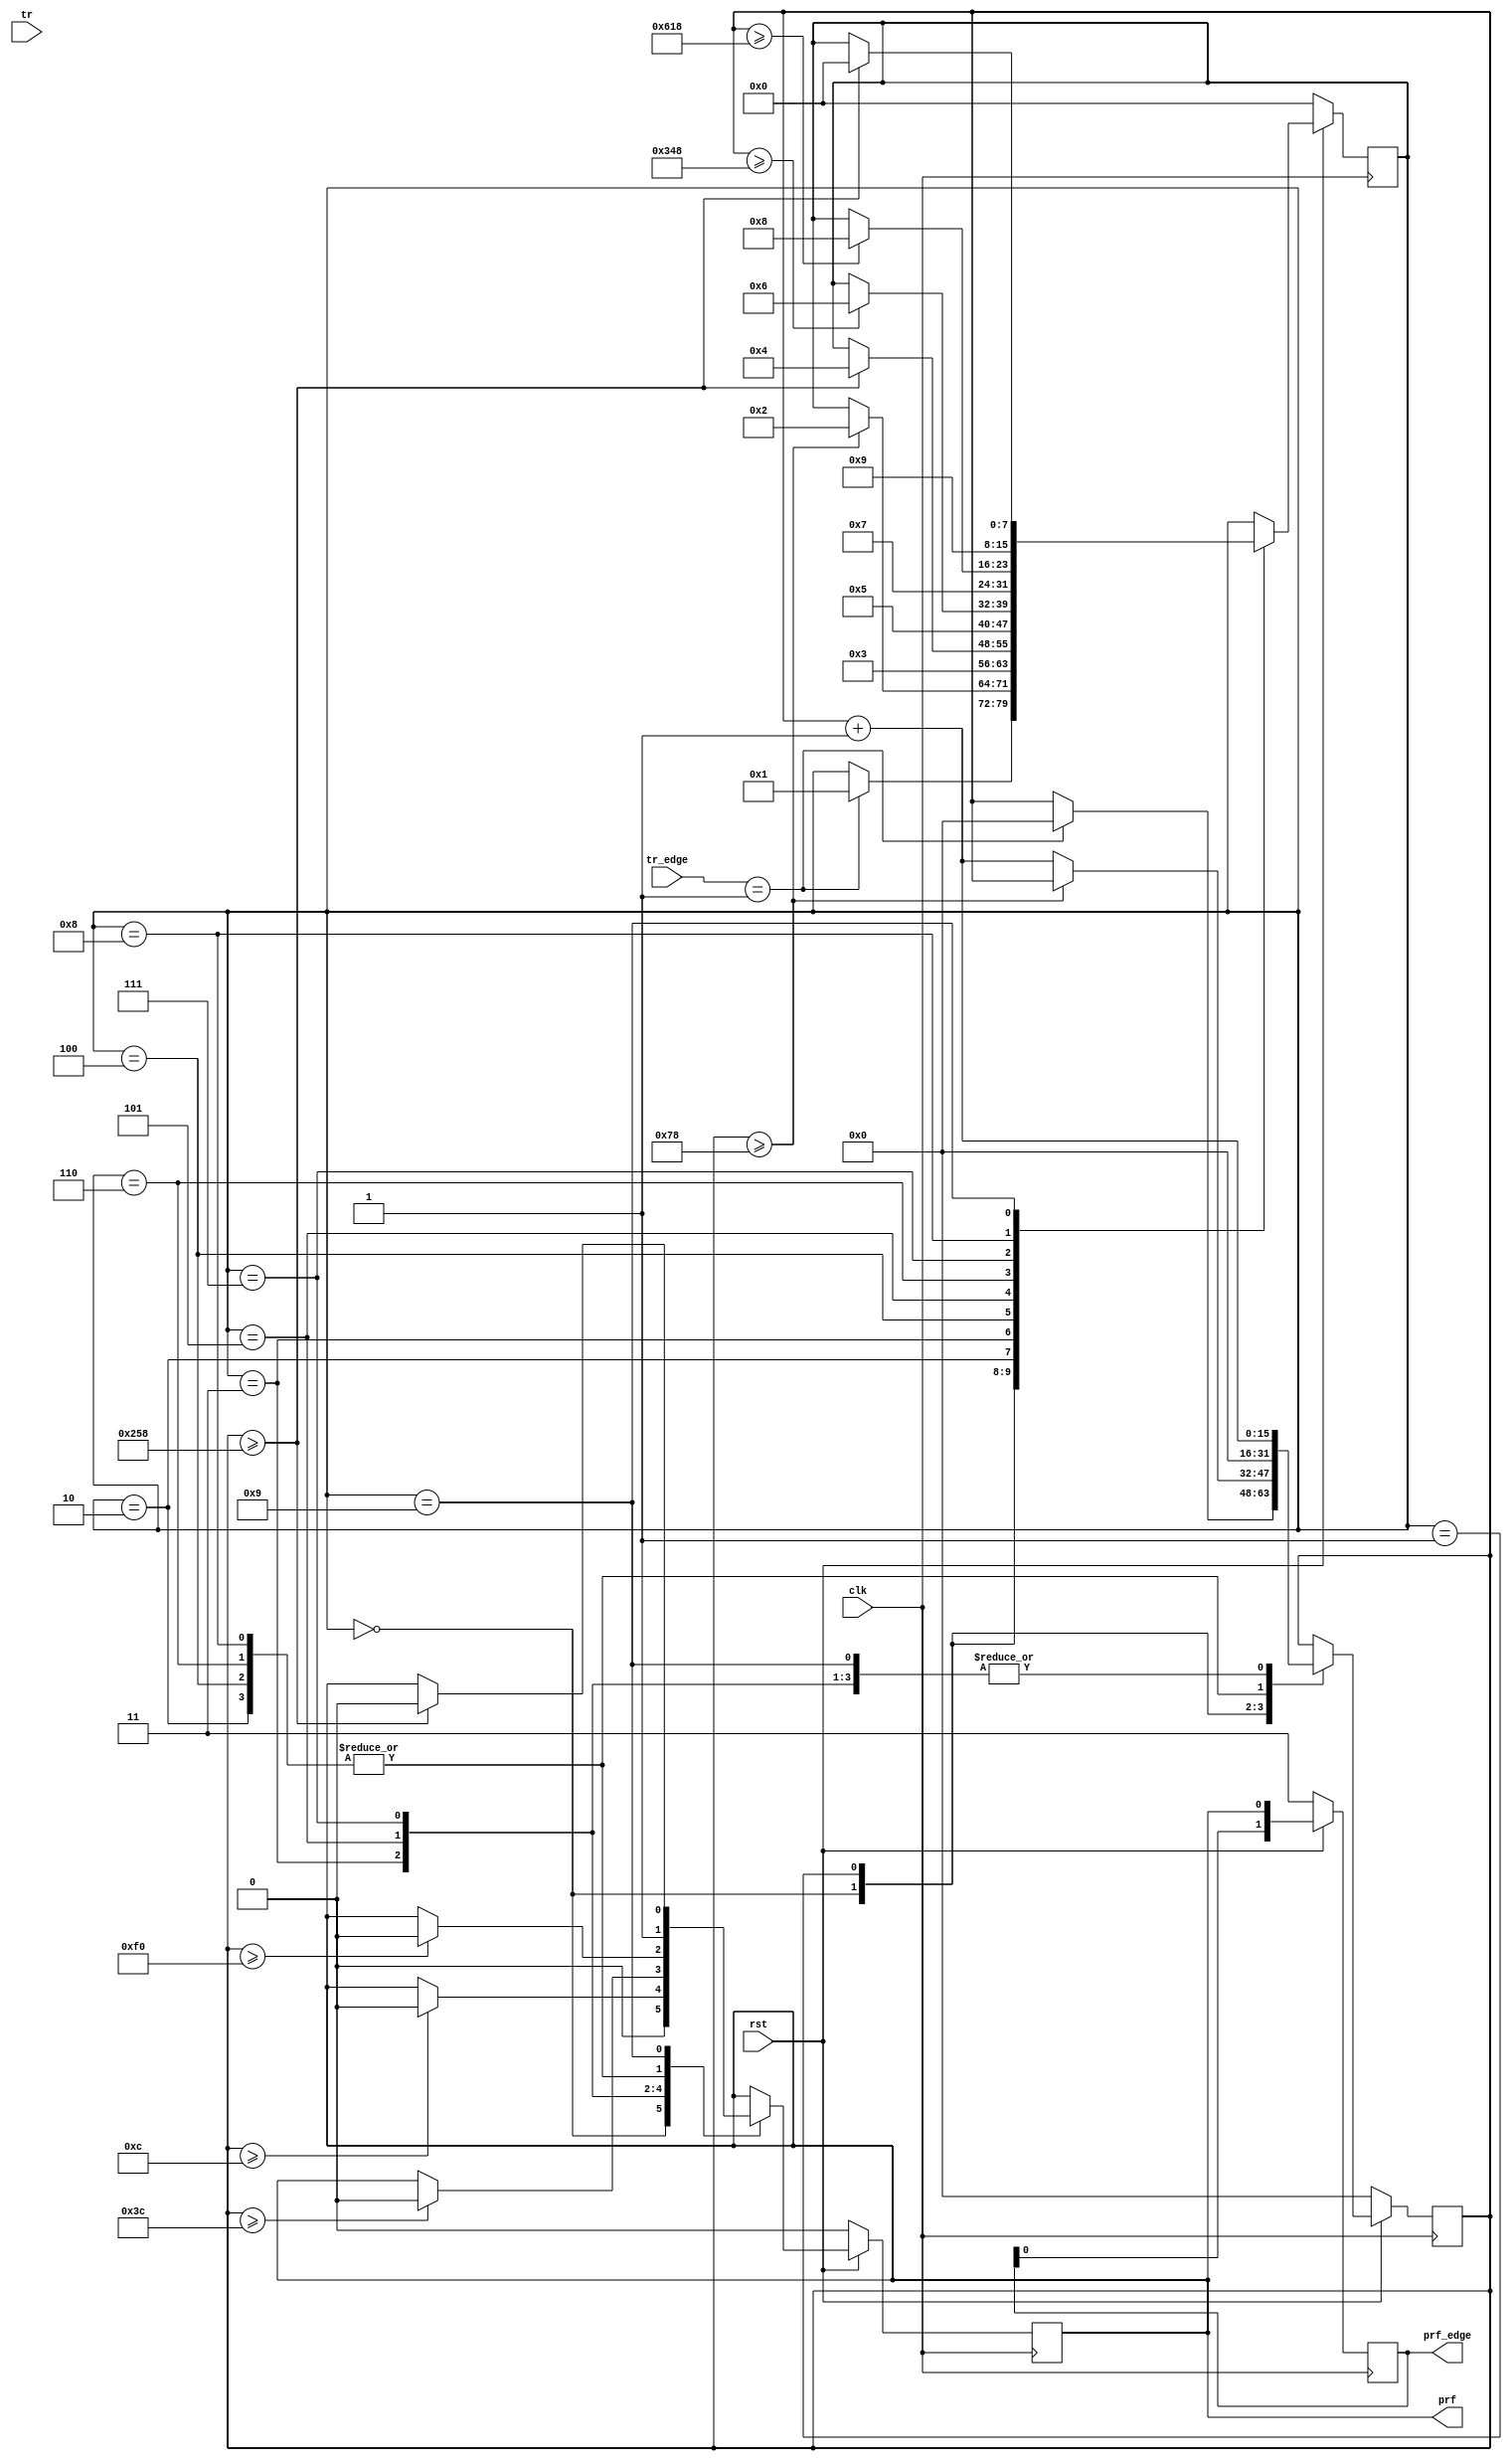
`timescale 1ns / 1ps
//////////////////////////////////////////////////////////////////////////////////
// Company: 
// Engineer: 
// 
// Design Name: 
// Module Name:    workflow 
// Project Name: 
// Target Devices: 
// Tool versions: 
// Description: 
//
// Dependencies: 
//
// Revision: 
// Revision 0.01 - File Created
// Additional Comments: 
//
//////////////////////////////////////////////////////////////////////////////////
module prf_gen
#(
    parameter RF_DELAY_CLOCK_NUM = 120,
    parameter PRF_PHASE_DELAY_0_CLOCK_NUM = 600,
    parameter PRF_PHASE_DELAY_1_CLOCK_NUM = 840,
    parameter PRF_PHASE_DELAY_2_CLOCK_NUM = 1560,
    parameter PRF_PHASE_0_CLOCK_NUM = 12,
    parameter PRF_PHASE_1_CLOCK_NUM = 60,
    parameter PRF_PHASE_2_CLOCK_NUM = 240,
    parameter PRF_PHASE_3_CLOCK_NUM = 600
)
(
    input clk,
    input rst,

    input tr,
    input [1:0] tr_edge,

    output reg prf,
    output reg [1:0] prf_edge
);

    reg [7:0] fsm_state = 8'd0;
    reg [15:0] delay_count = 16'd0;
    always @ (posedge clk) begin
        if(!rst) begin
            fsm_state <= 8'd0;
            delay_count <= 16'd0;
            prf <= 1'b0;
        end
        else begin
            case (fsm_state)
                0 : begin
                    prf <= 1'b0;
                    if(tr_edge == 2'b01) begin
                        delay_count <= 16'd0;
                        fsm_state <= 8'd1;
                    end
                end
                1 : begin
                    if(delay_count >= RF_DELAY_CLOCK_NUM)
                        fsm_state <= 8'd2;
                    else delay_count <= delay_count + 16'd1;
                end
                //phase 0
                2 : begin
                    prf <= 1'b1;
                    delay_count <= 16'd0;
                    fsm_state <= 8'd3;
                end
                3 : begin
                    delay_count <= delay_count + 16'd1;
                    if(delay_count >= PRF_PHASE_0_CLOCK_NUM)
                        prf <= 1'b0;
                    if(delay_count >= PRF_PHASE_DELAY_0_CLOCK_NUM)
                        fsm_state <= 8'd4;
                end
                //phase 1
                4 : begin
                    prf <= 1'b1;
                    delay_count <= 16'd0;
                    fsm_state <= 8'd5;
                end
                5 : begin
                    delay_count <= delay_count + 16'd1;
                    if(delay_count >= PRF_PHASE_1_CLOCK_NUM)
                        prf <= 1'b0;
                    if(delay_count >= PRF_PHASE_DELAY_1_CLOCK_NUM)
                        fsm_state <= 8'd6;
                end
                //phase 2
                6 : begin
                    prf <= 1'b1;
                    delay_count <= 16'd0;
                    fsm_state <= 8'd7;
                end
                7 : begin
                    delay_count <= delay_count + 16'd1;
                    if(delay_count >= PRF_PHASE_2_CLOCK_NUM)
                        prf <= 1'b0;
                    if(delay_count >= PRF_PHASE_DELAY_2_CLOCK_NUM)
                        fsm_state <= 8'd8;
                end
                //phase 3
                8 : begin
                    prf <= 1'b1;
                    delay_count <= 16'd0;
                    fsm_state <= 8'd9;
                end
                9 : begin
                    delay_count <= delay_count + 16'd1;
                    if(delay_count >= PRF_PHASE_3_CLOCK_NUM) begin
                        prf <= 1'b0;
                        fsm_state <= 8'd0;
                    end
                end
            endcase
        end
    end


    always @ (posedge clk) begin
        if(!rst) begin
            prf_edge <= 2'b11;
        end 
        else begin
            prf_edge <= { prf_edge[0],prf};
        end
    end


    

    // wire [35:0] CONTROL0;
	// wire [19:0] TRIG0;
	// assign TRIG0[0] = tr;
	// assign TRIG0[1] = prf;
	// assign TRIG0[3:2] = tr_edge;
	// assign TRIG0[11:4] = fsm_state;
	
	// myila myila_inst (
	// 	.CONTROL(CONTROL0), // INOUT BUS [35:0]
	// 	.CLK(clk), // IN
	// 	.TRIG0(TRIG0) // IN BUS [99:0]
	// );

	// myicon myicon_inst (
    // 	.CONTROL0(CONTROL0) // INOUT BUS [35:0]
	// );

endmodule